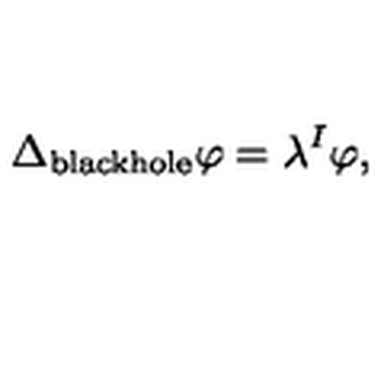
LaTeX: \Delta _ { \mathrm { b l a c k h o l e } } \varphi = \lambda ^ { I } \varphi ,